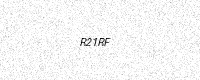
Text: R21RF